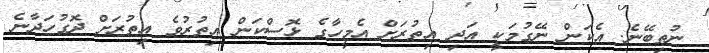
ނުތިބޭނެ. އެކަން ނޭގުމަކީ އަދި އިތުރަށް އެމީހާގެ ޅޮސްކަން އިތުރުވެ އިތުރަށް ދޮގުހަދާނެ